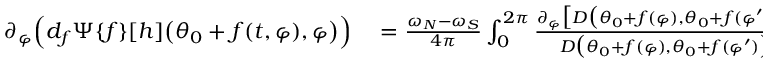
\begin{array} { r l } { \partial _ { \varphi } \Big ( d _ { f } \Psi \{ f \} [ h ] \big ( \theta _ { 0 } + f ( t , \varphi ) , \varphi \big ) \Big ) } & { { } = \frac { \omega _ { N } - \omega _ { S } } { 4 \pi } \int _ { 0 } ^ { 2 \pi } \frac { \partial _ { \varphi } \big [ D \big ( \theta _ { 0 } + f ( \varphi ) , \theta _ { 0 } + f ( \varphi ^ { \prime } ) \big ) \big ] } { D \big ( \theta _ { 0 } + f ( \varphi ) , \theta _ { 0 } + f ( \varphi ^ { \prime } ) \big ) } \sin \big ( \theta _ { 0 } + f ( \varphi ^ { \prime } ) \big ) h ( \varphi ^ { \prime } ) d \varphi ^ { \prime } . } \end{array}